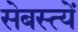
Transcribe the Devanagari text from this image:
सेबस्त्यें